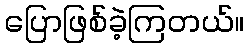
ပြောဖြစ်ခဲ့ကြတယ်။